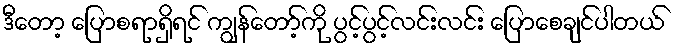
ဒီတော့ ပြောစရာရှိရင် ကျွန်တော့်ကို ပွင့်ပွင့်လင်းလင်း ပြောစေချင်ပါတယ်